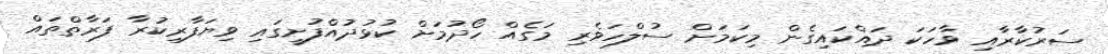
ސަރުކާރާއި ވާހަކަ ދައްކައިގެން މިކަމަށް ސުލްހަވެރި މަގެއް ހޯދުމަށް ކުޅުދުއްފުށީގައި ވިޔަފާރިކުރާ ފަރާތްތައް